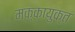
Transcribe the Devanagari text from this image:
मक्कायुक्त